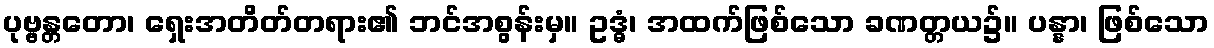
ပုဗ္ဗန္တတော၊ ရှေးအတိတ်တရား၏ ဘင်အစွန်းမှ။ ဥဒ္ဓံ၊ အထက်ဖြစ်သော ခဏတ္တယ၌။ ပန္နာ၊ ဖြစ်သော